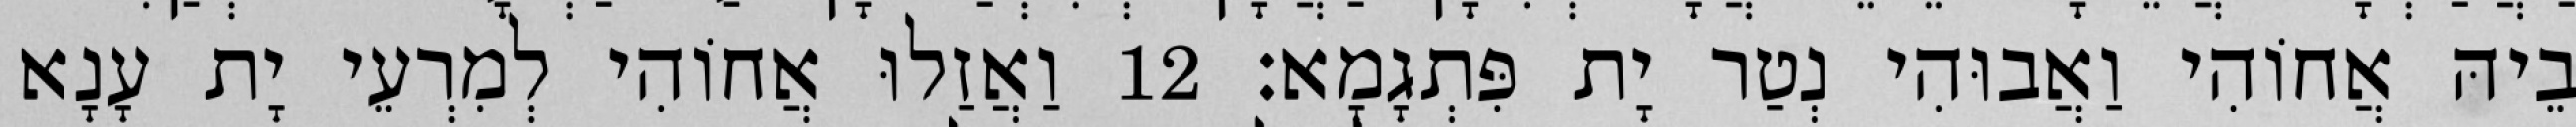
בֵיהּ אֲחוֹהִי וַאֲבוּהִי נְטַר יָת פִּתְגָמָא׃ 12 וַאֲזַלוּ אֲחוֹהִי לְמִרְעֵי יָת עָנָא